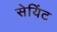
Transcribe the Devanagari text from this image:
सेयिंट